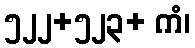
၅၂၂+၅၂၃+ ကံ၊